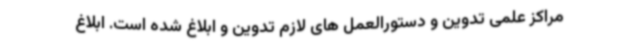
مراکز علمی تدوین و دستورالعمل های لازم تدوین و ابلاغ شده است. ابلاغ